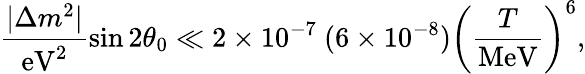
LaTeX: \frac{|\Delta m^{2}|}{\mathrm{eV}^{2}}\sin 2\theta_{0}\ll 2\times 10^{-7}\ (6\times 10^{-8})\left(\frac{T}{\mathrm{MeV}}\right)^{6},